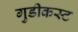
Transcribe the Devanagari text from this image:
गुडीकस्ट